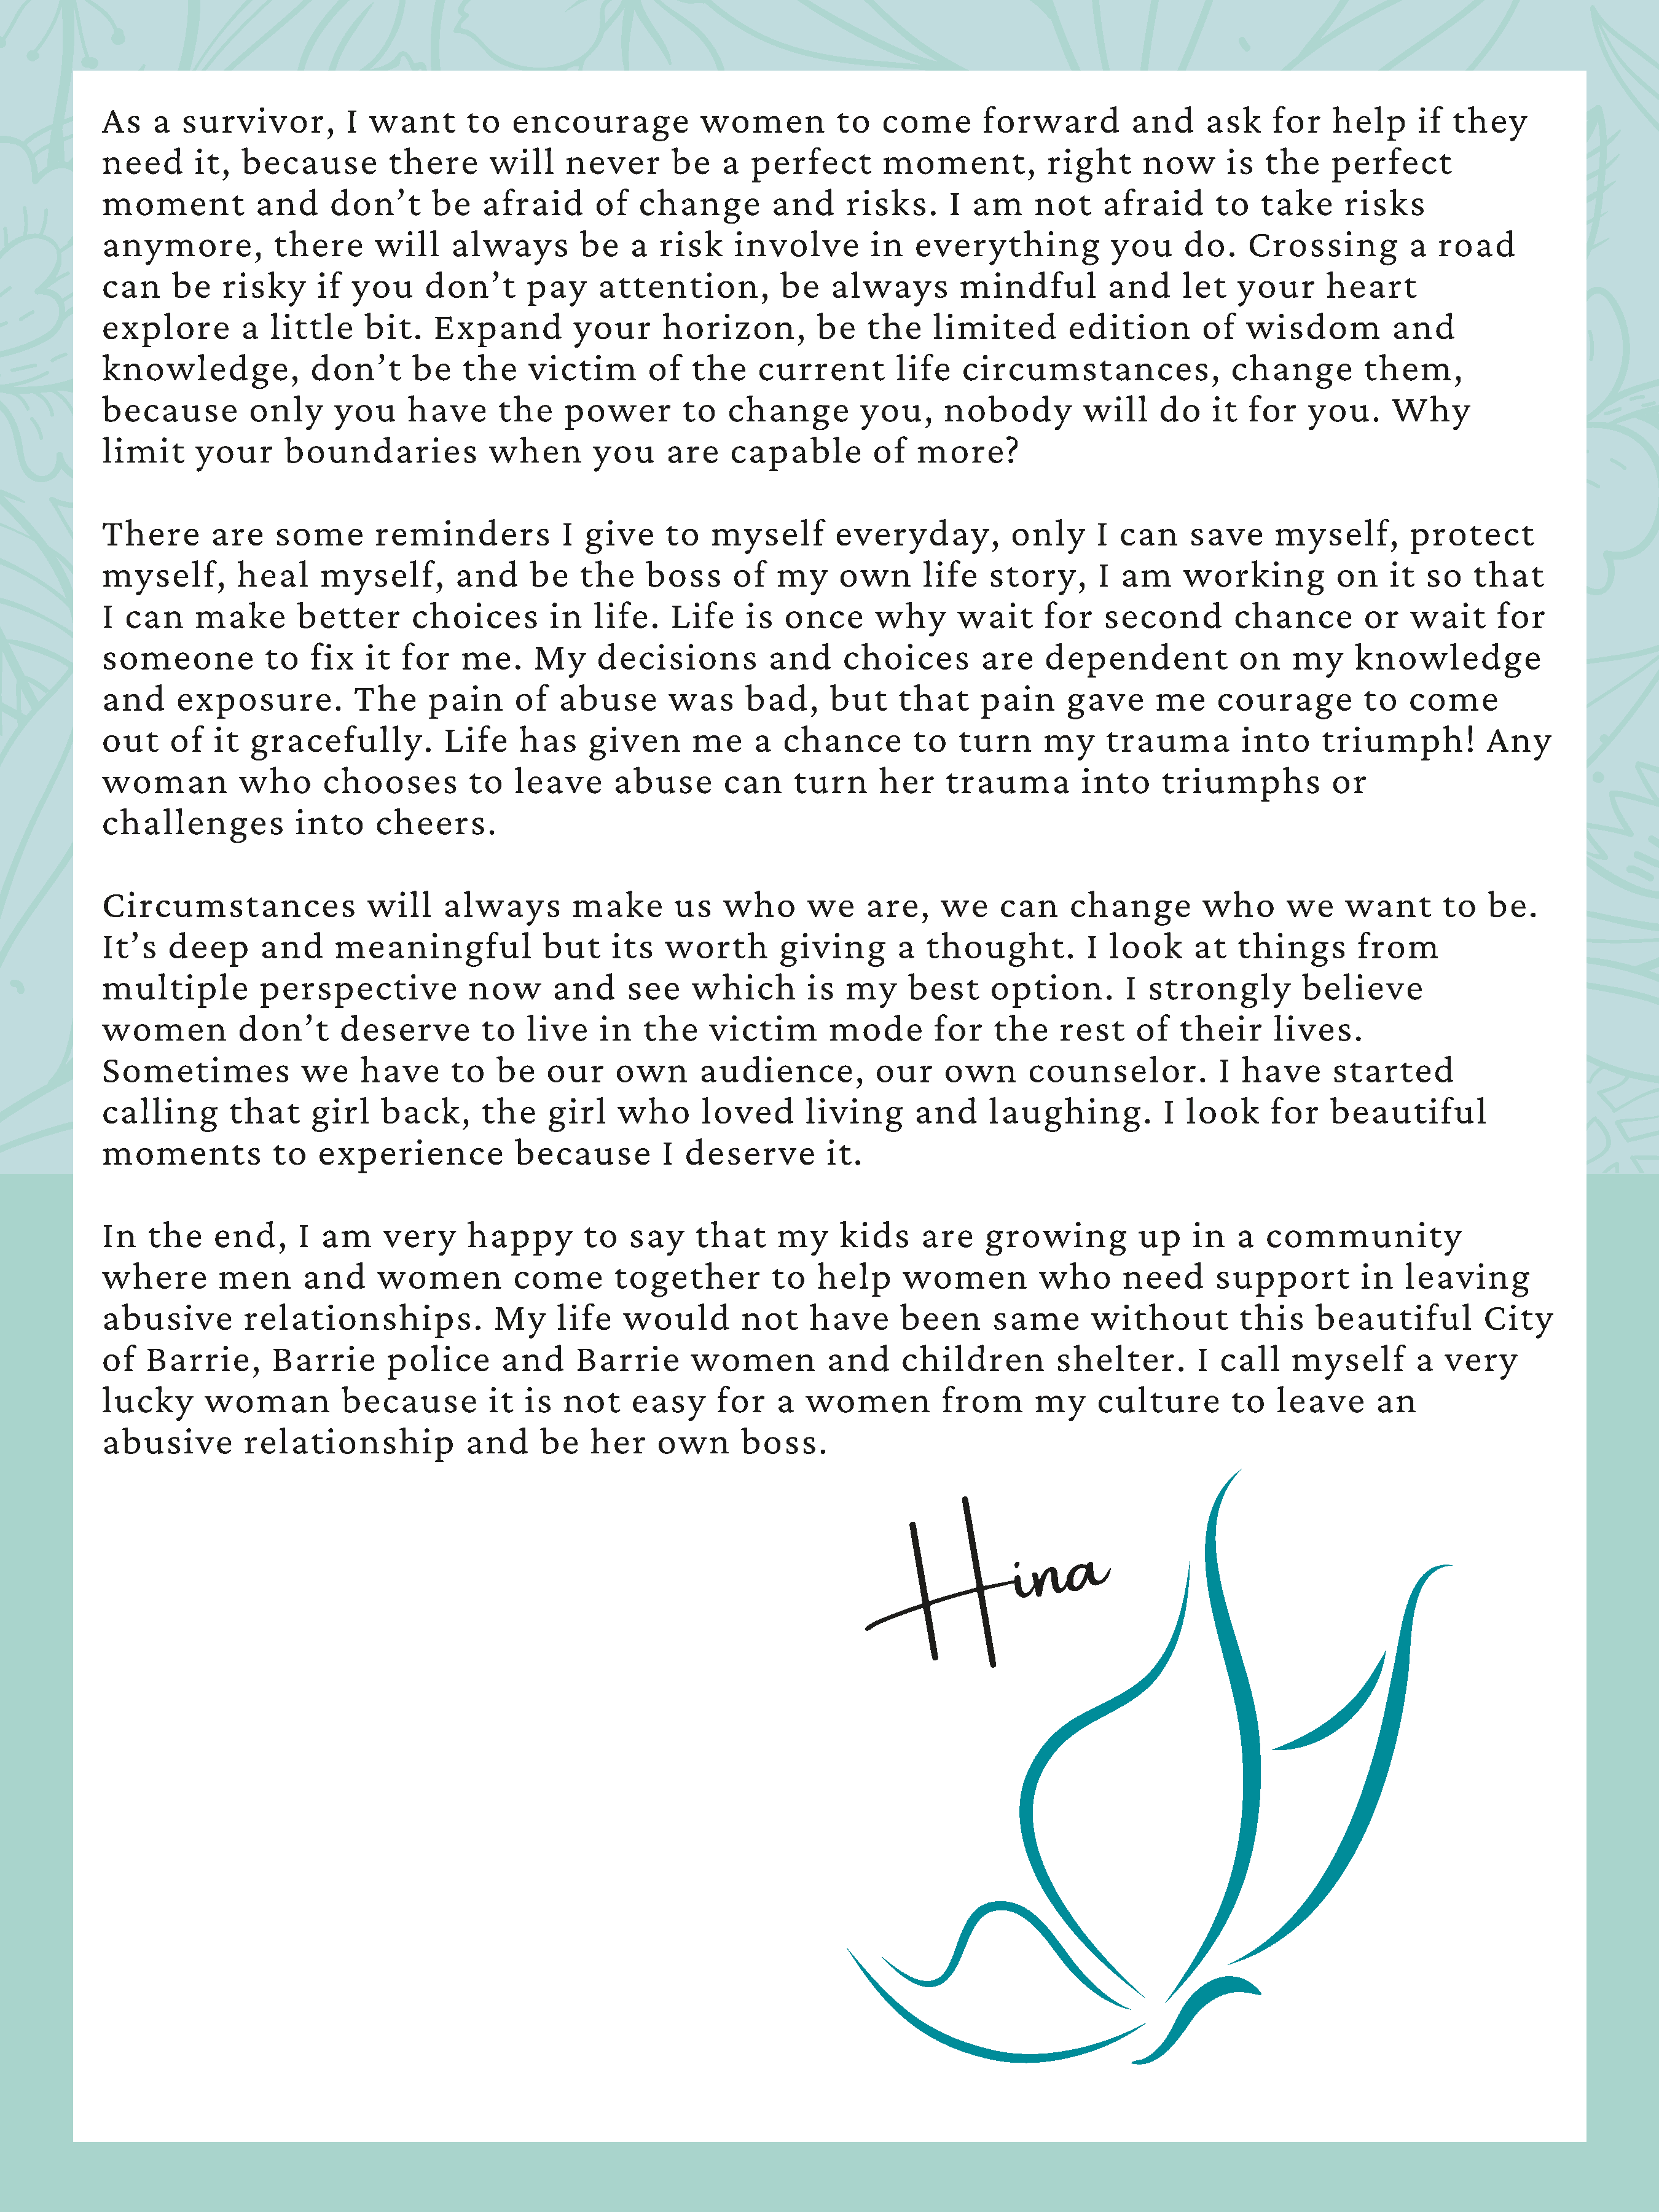
As   a   survivor,        I  want      to   encourage           women          to   come       forward         and     ask    for    help     if  they
 need      it,  because         there      will    never      be    a  perfect       moment,           right     now      is  the    perfect
 moment           and     don’t      be   afraid      of   change        and     risks.     I  am    not     afraid      to   take     risks
 anymore,           there     will     always       be    a  risk    involve        in   everything           you     do.   Crossing          a  road
 can     be   risky     if  you     don’t      pay    attention,          be    always       mindful         and     let   your      heart
 explore        a  little    bit.    Expand         your     horizon,         be   the     limited       edition        of  wisdom          and
 knowledge,            don’t      be    the    victim       of   the    current        life   circumstances,               change        them,
 because         only     you     have      the    power        to  change         you,     nobody         will    do    it  for   you.     Why
 limit     your      boundaries            when       you     are    capable        of   more?
 There       are    some      reminders            I give     to   myself       everyday,          only     I  can    save     myself,        protect
 myself,        heal    myself,        and     be   the     boss     of   my    own      life    story,     I  am    working          on    it  so   that
 I can     make       better      choices        in   life.   Life    is   once     why      wait     for    second        chance        or   wait     for
 someone           to  fix   it  for    me.    My     decisions          and     choices        are    dependent           on    my     knowledge
 and     exposure.          The     pain     of   abuse       was     bad,     but     that     pain     gave     me     courage         to   come
 out    of   it  gracefully.          Life    has    given       me    a  chance        to   turn     my     trauma         into    triumph!          Any
 woman          who      chooses         to  leave      abuse       can     turn     her    trauma         into    triumphs          or
 challenges           into    cheers.
 Circumstances                will    always        make       us   who      we    are,    we     can    change         who      we    want      to   be.
 It’s   deep      and     meaningful            but     its   worth       giving       a  thought.         I  look     at  things       from
 multiple         perspective           now       and     see   which        is  my     best     option.       I  strongly        believe
 women          don’t      deserve        to   live    in  the    victim       mode        for   the    rest    of   their     lives.
 Sometimes            we     have      to  be    our    own      audience,          our     own      counselor.          I  have      started
 calling       that    girl    back,      the    girl    who      loved      living      and     laughing.         I  look     for   beautiful
 moments           to   experience           because         I  deserve        it.
 In   the    end,     I  am    very     happy        to   say    that     my    kids     are    growing          up   in   a  community
 where        men      and     women         come       together         to   help     women          who      need      support         in  leaving
 abusive        relationships.             My     life   would        not    have      been      same       without         this    beautiful         City
 of   Barrie,      Barrie       police      and     Barrie      women          and     children         shelter.       I call    myself        a  very
 lucky      woman          because         it  is  not    easy     for    a  women         from      my     culture        to   leave     an
 abusive        relationship            and     be    her    own      boss.
 a
 n
 H               i